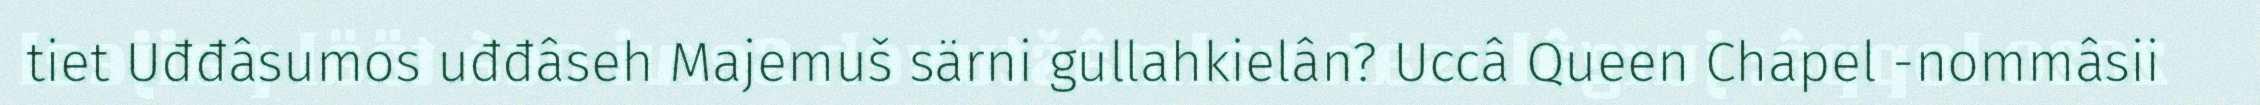
tiet Uđđâsumos uđđâseh Majemuš särni gullahkielân? Uccâ Queen Chapel -nommâsii